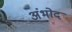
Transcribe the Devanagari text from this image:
अंभोद